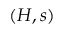
( H , s )